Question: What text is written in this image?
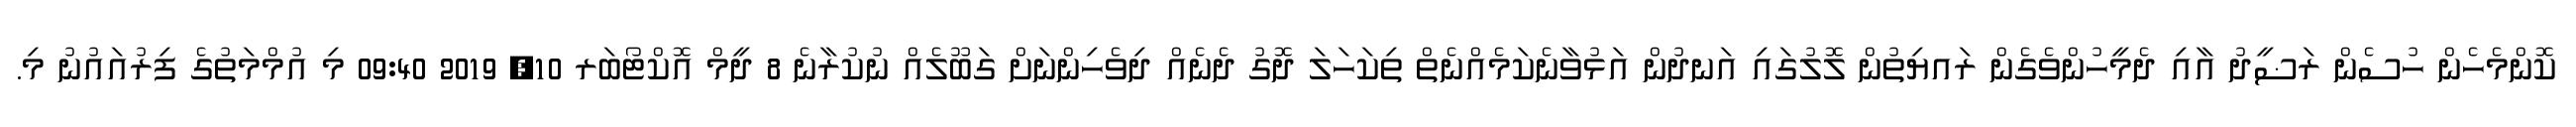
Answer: ކޮންމެހެން ހުސެން ރަޟީދު އާއި ދެމީހުންވެގެން ރައޔިތުން ލޮލުގައި އަނދުން އަޅުވާނެކަމެއްނެތް ތިކަހަލަ ދޮގު ދެނެއް ދިވެހިންނަށް ގަބޫލެއް ނުކުރާނެ 8 ދީމް އޮކްޓޯބަރ 10, 2019 09:40 މި އުމްމަތުގެ ފިރުއައުނު މި.